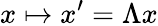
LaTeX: x\mapsto x^{\prime}=\Lambda x